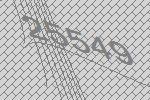
25549